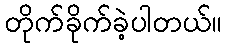
တိုက်ခိုက်ခဲ့ပါတယ်။